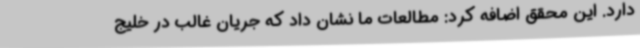
دارد. این محقق اضافه کرد: مطالعات ما نشان داد که جریان غالب در خلیج